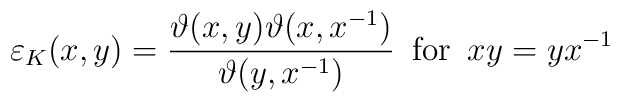
\varepsilon _{K}(x,y)=\frac{\vartheta (x,y)\vartheta (x,x^{-1})}{\vartheta (y,x^{-1})}\, \, \, \mathrm{for}\, \, \, xy=yx^{-1}